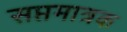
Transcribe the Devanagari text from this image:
सप्तमात्रक